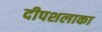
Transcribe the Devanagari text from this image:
दीपशलाका